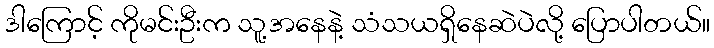
ဒါကြောင့် ကိုမင်းဦးက သူ့အနေနဲ့ သံသယရှိနေဆဲပဲလို့ ပြောပါတယ်။